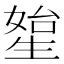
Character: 𤯯